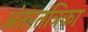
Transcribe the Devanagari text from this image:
अंतरतंत्रिका